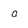
Character: o